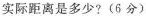
实际距离是多少?(6分)